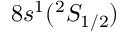
8 s ^ { 1 } ( ^ { 2 } S _ { 1 / 2 } )